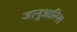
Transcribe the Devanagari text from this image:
जानुआरिस